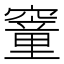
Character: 䆹